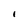
Character: I